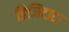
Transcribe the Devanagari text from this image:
डिजिटाटा